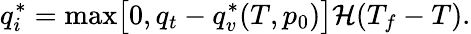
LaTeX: q_{i}^{*}=\operatorname*{max}\bigl[0,q_{t}-q_{v}^{*}(T,p_{0})\bigr]\mathcal{H}(T_{f}-T).